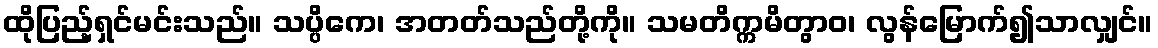
ထိုပြည့်ရှင်မင်းသည်။ သပ္ပိကေ၊ အတတ်သည်တို့ကို။ သမတိက္ကမိတွာဝ၊ လွန်မြောက်၍သာလျှင်။